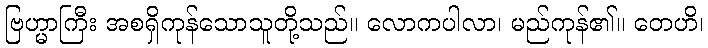
ဗြဟ္မာကြီး အစရှိကုန်သောသူတို့သည်။ လောကပါလာ၊ မည်ကုန်၏။ တေဟိ၊